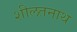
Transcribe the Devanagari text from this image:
शीलतनाथ